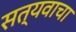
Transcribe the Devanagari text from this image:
सत्यवाचा